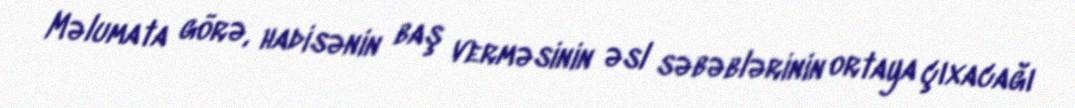
Məlumata görə, hadisənin baş verməsinin əsl səbəblərinin ortaya çıxacağı